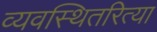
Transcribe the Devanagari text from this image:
व्यवस्थितरित्या